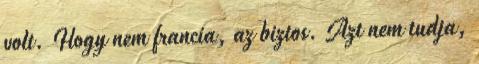
volt. Hogy nem francia, az biztos. Azt nem tudja,